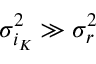
\sigma _ { i _ { K } } ^ { 2 } \gg \sigma _ { r } ^ { 2 }